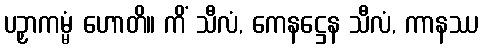
ပဉှာကမ္မံ ဟောတိ။ ကိံ သီလံ, ကေနဋ္ဌေန သီလံ, ကာနဿ